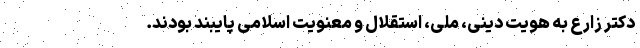
دکتر زارع به هویت دینی، ملی، استقلال و معنویت اسلامی پایبند بودند.